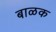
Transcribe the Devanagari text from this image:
बाळक